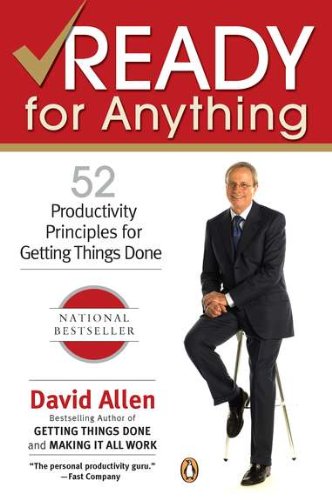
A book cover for Ready for Anything: 52 Productivity Principles for Getting Things Done; David Allen; Business & Money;